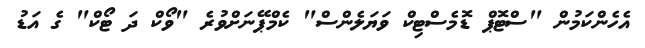
އެހެންކަމުން "ސްޓޮޕް ޑޮމެސްޓިކް ވަޔަލެންސް" ކެމްޕޭނަށްވުރެ "ވޯކް ދަ ޓޯކް" ގެ އަޑު